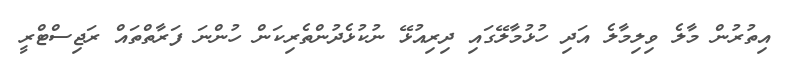
އިތުރުން މާލެ ވިލިމާލެ އަދި ހުޅުމާލޭގައި ދިރިއުޅޭ ނުކުޅެދުންތެރިކަން ހުންނަ ފަރާތްތައް ރަޖިސްޓްރީ